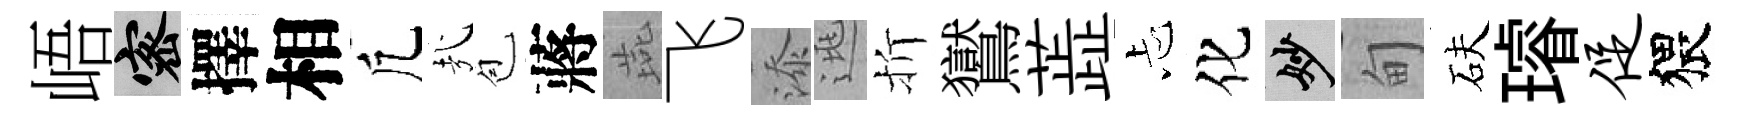
峿密擇相凢㢤苞蔣燕飞添逃折鸑蕋忐化妙甸砆璿促猥